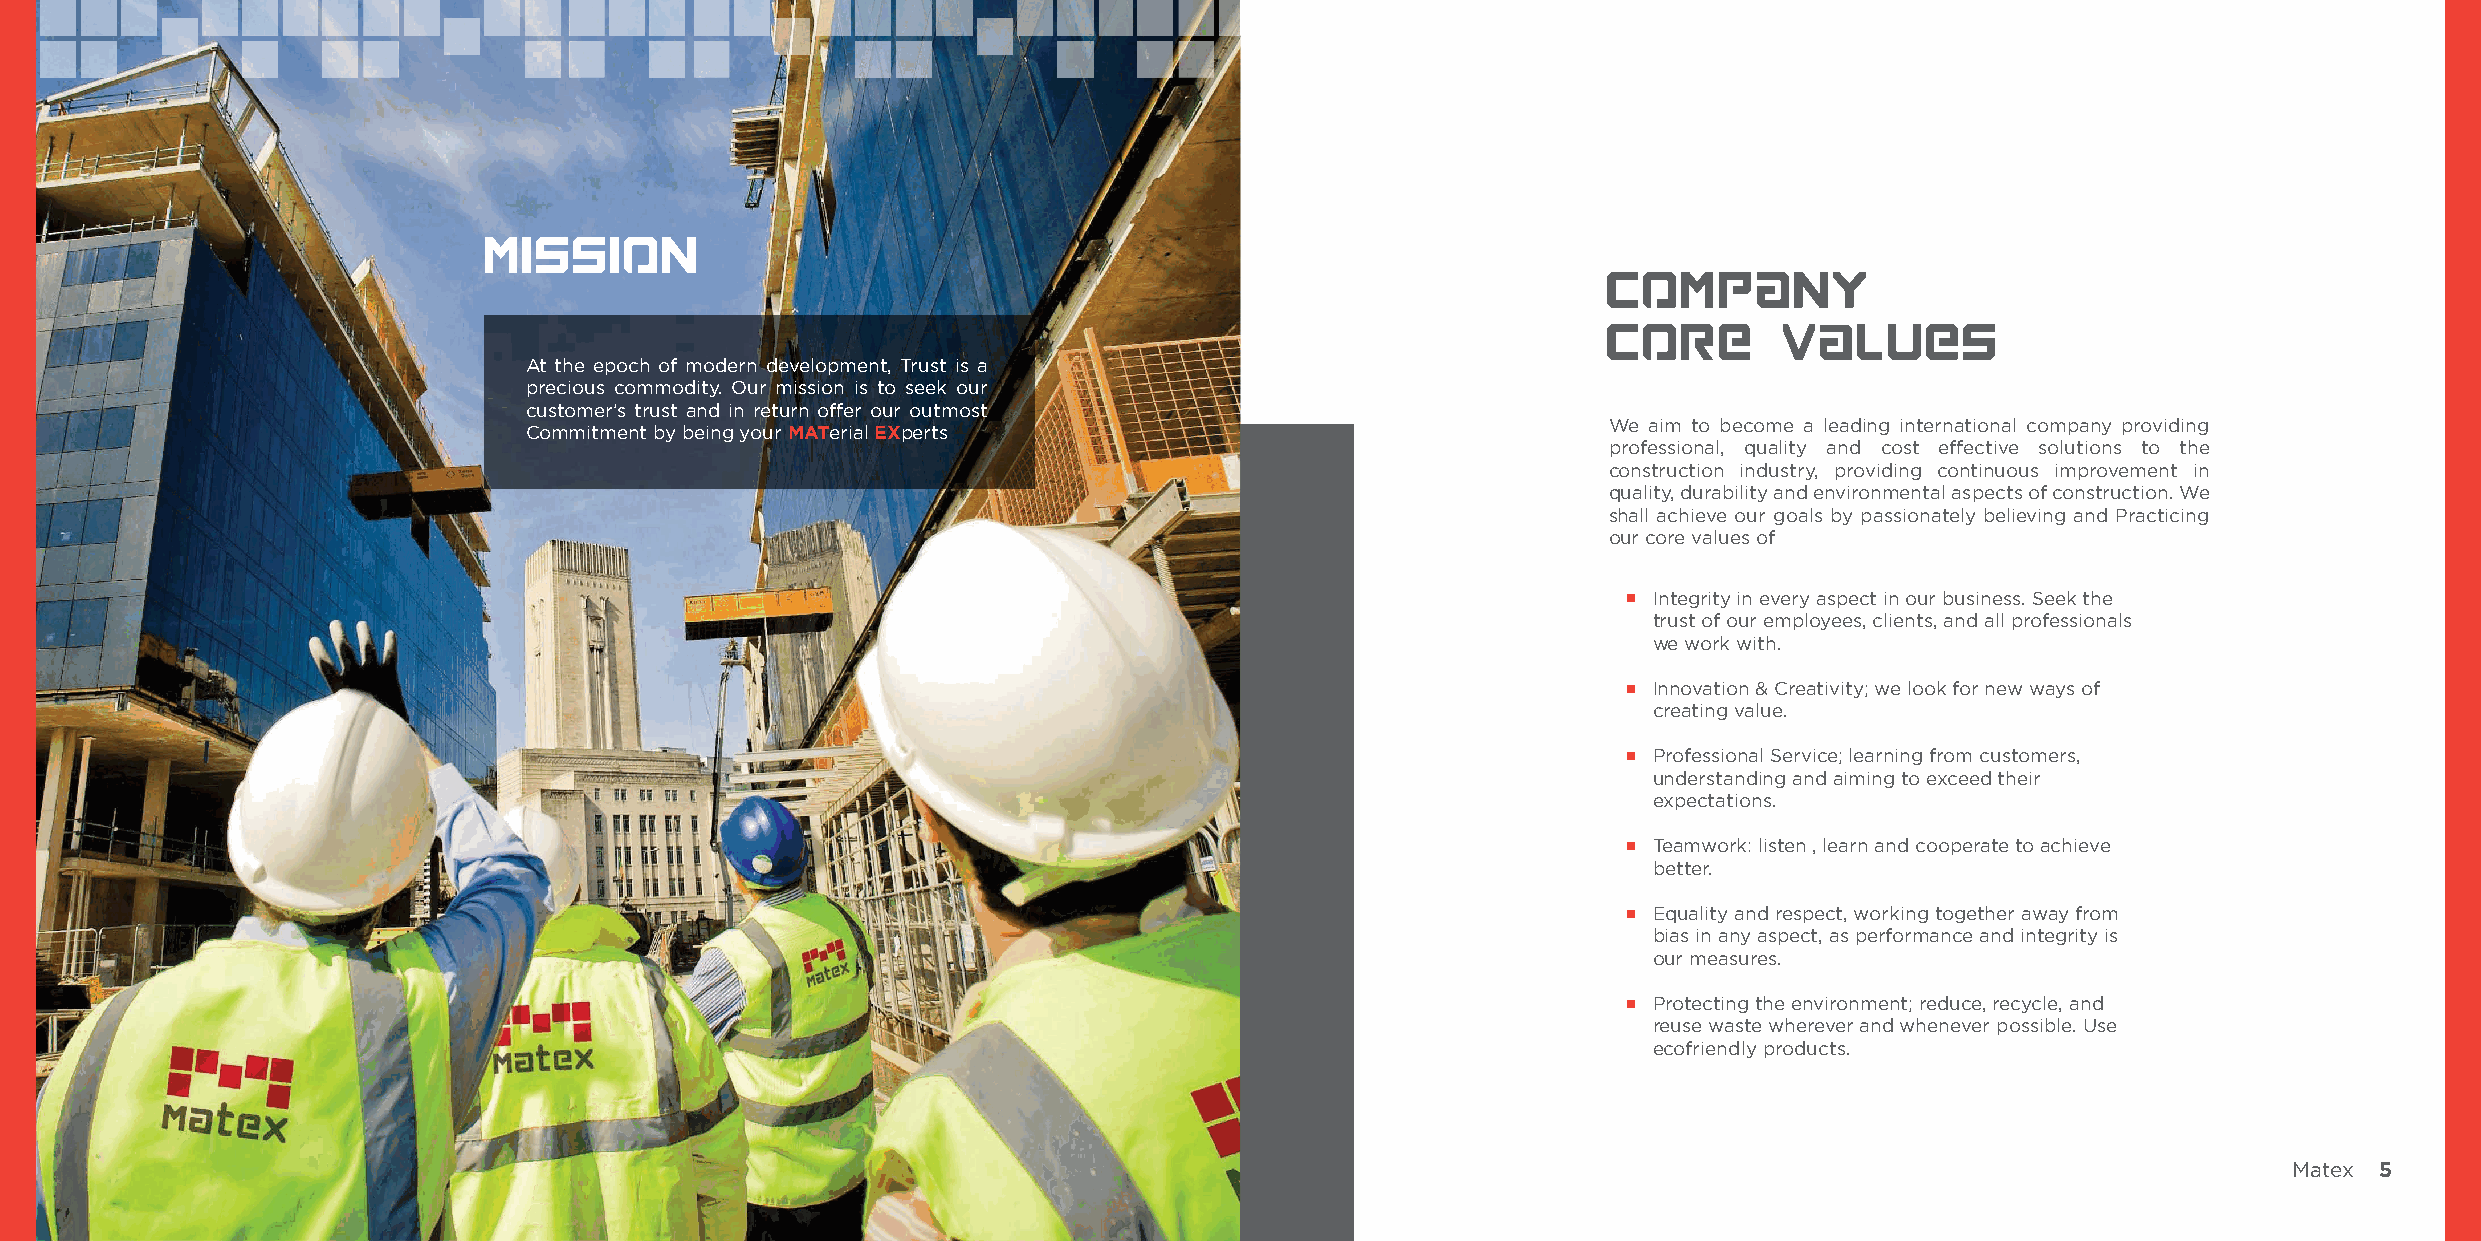
Mission
 Company
 Core        Values
 At the epoch of modern development, Trust is a
 precious commodity. Our mission is to seek our
 customer’s trust and in return offer our outmost
 We aim to become a leading international company providing
 Commitment by being your MATerial EXperts
 professional, quality and cost effective solutions to the
 construction industry, providing continuous improvement in
 quality, durability and environmental aspects of construction. We
 shall achieve our goals by passionately believing and Practicing
 our core values of
 Integrity in every aspect in our business. Seek the
 trust of our employees, clients, and all professionals
 we work with.
 Innovation & Creativity; we look for new ways of
 creating value.
 Professional Service; learning from customers,
 understanding and aiming to exceed their
 expectations.
 Teamwork: listen , learn and cooperate to achieve
 better.
 Equality and respect, working together away from
 bias in any aspect, as performance and integrity is
 our measures.
 Protecting the environment; reduce, recycle, and
 reuse waste wherever and whenever possible. Use
 ecofriendly products.
 Matex 5